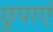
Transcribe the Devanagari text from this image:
छुपाएं